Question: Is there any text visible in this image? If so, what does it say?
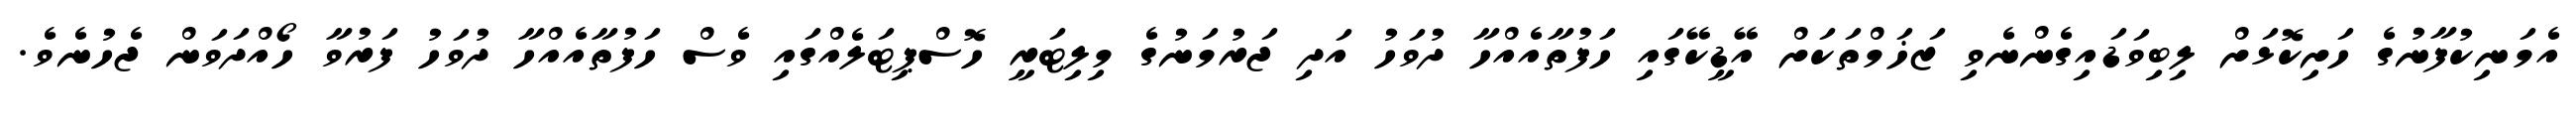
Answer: އެމަނިކުފާނުގެ ހަށިކޮޅަށް ލިބިވަޑައިގެންނެވި ޒަޚަމްތަކަށް އޭޑީކޭގައި ހަފުތާއެއްހާ ދުވަހު އަދި ޖަރުމަނުގެ މިލިޓަރީ ހޮސްޕިޓަލެއްގައި ވެސް ހަފުތާއެއްހާ ދުވަހު ފަރުވާ ހޯއްދަވަން ޖެހުނެވެ.